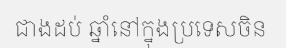
ជាងដប់ ឆ្នាំនៅក្នុងប្រទេសចិន